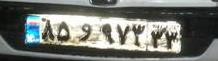
۸۵و۹۷۳۳۳